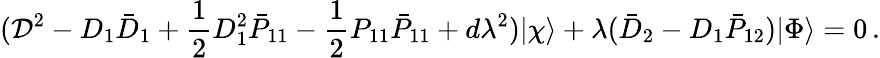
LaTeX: ({\cal D}^{2}-D_{1}\bar{D}_{1}+\frac{1}{2}D_{1}^{2}\bar{P}_{11}-\frac{1}{2}P_{11}\bar{P}_{11}+d\lambda^{2})|\chi\rangle+\lambda(\bar{D}_{2}-D_{1}\bar{P}_{12})|\Phi\rangle=0\, .